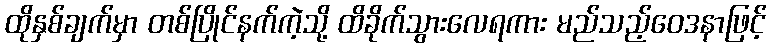
ထိုနှစ်ချက်မှာ တစ်ပြိုင်နက်ကဲ့သို့ ထိခိုက်သွားလေရကား မည်သည့်ဝေဒနာဖြင့်